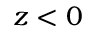
z < 0